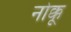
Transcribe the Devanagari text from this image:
नोक्कू